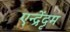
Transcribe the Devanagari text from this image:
एन्द्रेंदृम